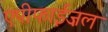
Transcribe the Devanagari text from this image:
एपीफाईज़ल